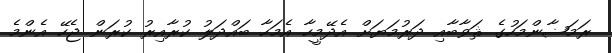
ރަމަޟާންމަހުގެ ޘަވާބާއި ދަރުމަޔަށް އެދޭމީހާ އެމަހާ ބައްދަލު ކުރާއިރު ކުރަން ޖެހޭ އެންމެ